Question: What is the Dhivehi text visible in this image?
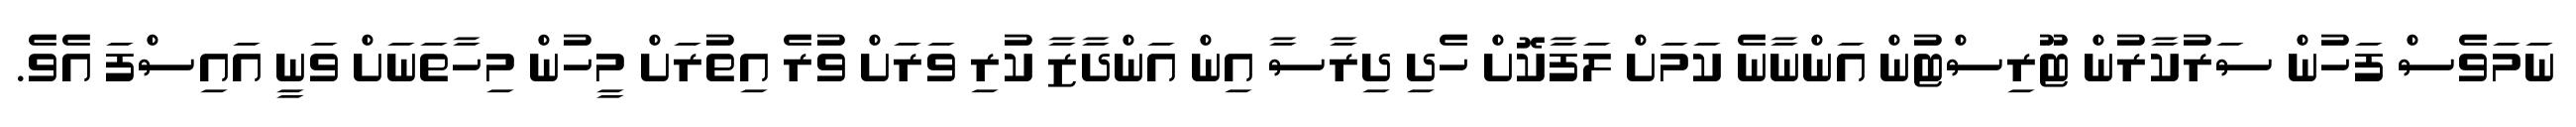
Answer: ނަމަވެސް ފަހުން ސަރުކާރުން ޓޫރިސްޓުން އަންނާނެ ކަމަށް ލަފާކޮށް ހެދި ދިރާސާ އިން އަންދާޒާ ކުރި ވަރަށް ވުރެ އިތުރަށް މީހުން މިހާތަނަށް ވަނީ އައިސްފަ އެވެ.